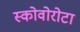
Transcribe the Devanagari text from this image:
स्कोवोरोटा